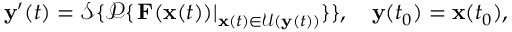
\mathbf { y } ^ { \prime } ( t ) = \mathcal { S } \{ \mathcal { P } \{ \left. \mathbf { F } ( \mathbf { x } ( t ) ) \right| _ { \mathbf { x } ( t ) \in \mathcal { U } ( \mathbf { y } ( t ) ) } \} \} , \quad \mathbf { y } ( t _ { 0 } ) = \mathbf { x } ( t _ { 0 } ) ,